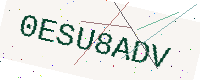
Text: 0ESU8ADV